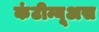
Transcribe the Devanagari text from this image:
कंटीन्यूअस